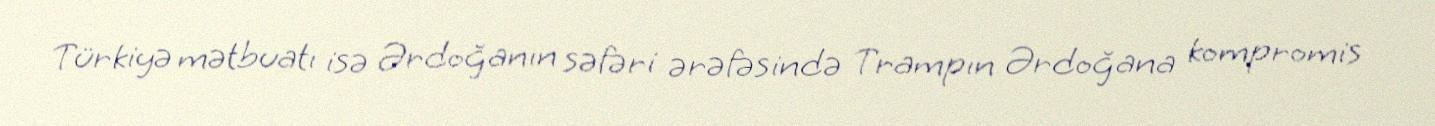
Türkiyə mətbuatı isə Ərdoğanın səfəri ərəfəsində Trampın Ərdoğana kompromis